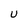
Character: U